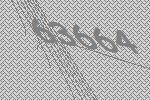
63664